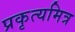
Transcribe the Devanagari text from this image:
प्रकृत्यमित्र